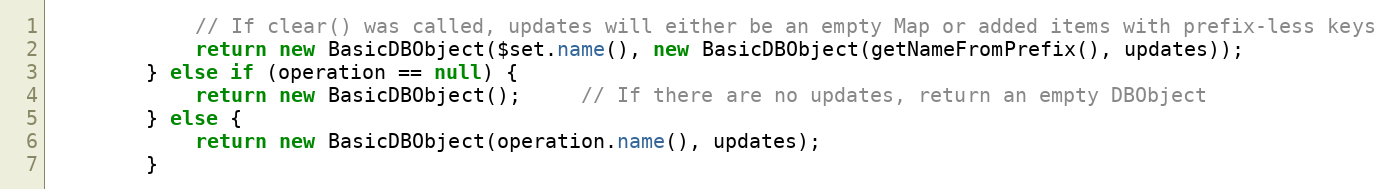
Language: Java
            // If clear() was called, updates will either be an empty Map or added items with prefix-less keys
            return new BasicDBObject($set.name(), new BasicDBObject(getNameFromPrefix(), updates));
        } else if (operation == null) {
            return new BasicDBObject();     // If there are no updates, return an empty DBObject
        } else {
            return new BasicDBObject(operation.name(), updates);
        }